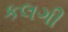
કલગી